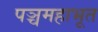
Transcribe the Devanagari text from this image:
पञ्चमहाभूत